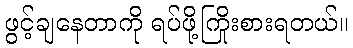
ဖွင့်ချနေတာကို ရပ်ဖို့ကြိုးစားရတယ်။